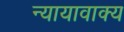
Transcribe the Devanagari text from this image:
न्यायावाक्य